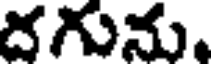
దగును.